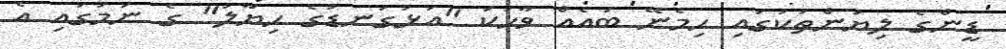
ޑީންގެ ލިޔުންތަކުގައި ހިމެނޭ ބައެއް ވާހަކަ "އަޅުގަނޑުގެ ހިޔާލު" ގެ ނަމުގައި އެ